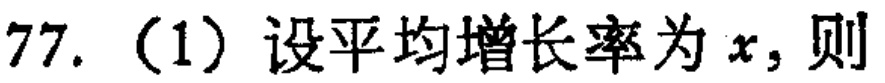
77. （1）设平均增长率为 \(x\)，则